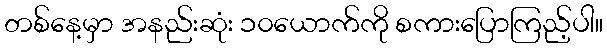
တစ်နေ့မှာ အနည်းဆုံး ၁၀ယောက်ကို စကားပြောကြည့်ပါ။